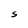
Character: S